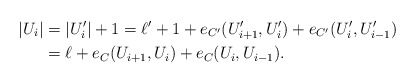
\begin{align*}|U_i|&=|U_i'|+1=\ell' +1+e_{C'}(U_{i+1}', U_i')+e_{C'}(U_i', U_{i-1}')\\&=\ell+e_C(U_{i+1}, U_i)+e_C(U_i, U_{i-1}).\end{align*}